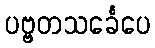
ပဗ္ဗတသင်္ခေပေ